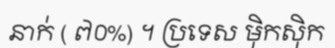
នាក់ ( ៧០%) ។ ប្រទេស ម៉ិកស៊ិក